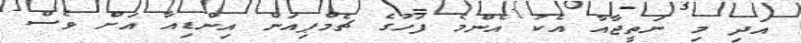
އަދި މި ނަތީޖާއާ އެކު އެންމެ ފަހުގެ ޗެމްޕިއަން އިންޑިއާ އަށް ވެސް